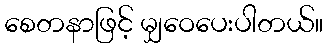
စေတနာဖြင့် မျှဝေပေးပါတယ်။